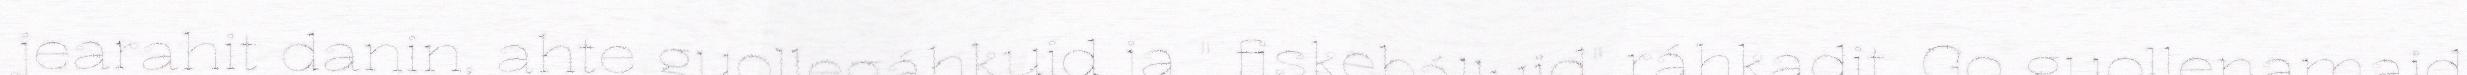
jearahit danin, ahte guollegáhkuid ja " fiskebálluid" ráhkadit. Go guollenamaid